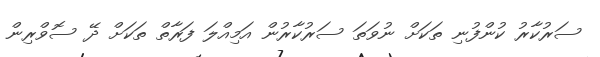
ސަރުކާރު ކުންފުނި ތަކަށް ނުވަތަ ސަރުކާރުން އަމިއްލަ ފަރާތް ތަކަަށް ދޭ ސޮވްރިން